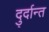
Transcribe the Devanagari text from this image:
दु्र्दान्त